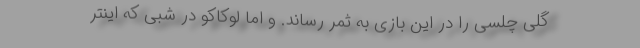
گلی چلسی را در این بازی به ثمر رساند. و اما لوکاکو در شبی که اینتر